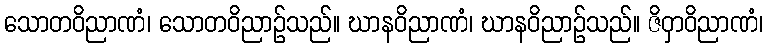
သောတဝိညာဏံ၊ သောတဝိညာဉ်သည်။ ဃာနဝိညာဏံ၊ ဃာနဝိညာဉ်သည်။ ဇိဝှာဝိညာဏံ၊